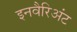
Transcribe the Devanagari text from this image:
इनवैरिअंट